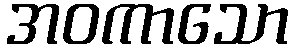
အဝကာသော